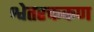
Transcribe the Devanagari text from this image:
श्वेतरक्तकण